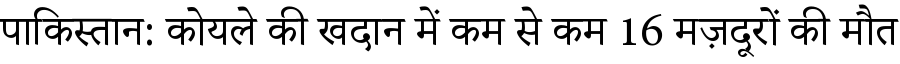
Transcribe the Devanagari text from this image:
पाकिस्तान: कोयले की खदान में कम से कम 16 मज़दूरों की मौत